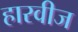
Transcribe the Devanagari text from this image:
हारवीज